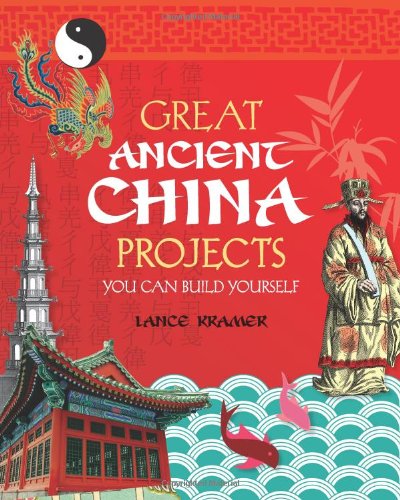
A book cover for Great Ancient China Projects You Can Build Yourself (Build It Yourself); Lance Kramer; Children's Books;